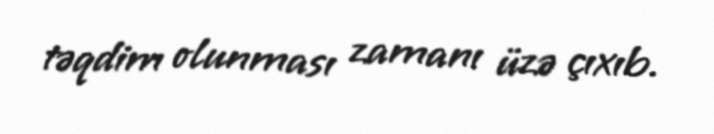
təqdim olunması zamanı üzə çıxıb.